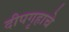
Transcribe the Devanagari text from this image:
दीपगृहाचे